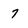
Character: 7